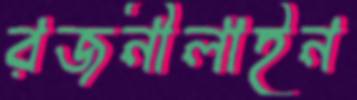
রজনীলাইন